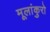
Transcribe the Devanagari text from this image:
मूलांकुरो